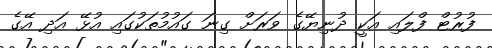
ފުރުޓް ފްލައި އަކީ ދުނިޔޭގެ ވަރަށް ގިނަ ގައުމުތަކުގައި އުޅޭ އަދި އޭގެ